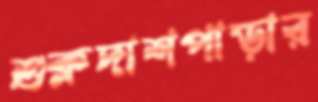
শুক্লদাশপাড়ার